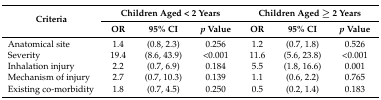
| <ROWSPAN=2> Criteria | <COLSPAN=3> Children Aged < 2 Years | <COLSPAN=3> Children Aged ≥ 2 Years |
 | OR | 95% CI | p Value | OR | 95% CI | p Value |
 | --- | --- | --- | --- | --- | --- | --- |
 | Anatomical site | 1.4 | (0.8, 2.3) | 0.256 | 1.2 | (0.7, 1.8) | 0.526 |
 | Severity | 19.4 | (8.6, 43.9) | <0.001 | 11.6 | (5.6, 23.8) | <0.001 |
 | Inhalation injury | 2.2 | (0.7, 6.9) | 0.184 | 5.5 | (1.8, 16.6) | 0.001 |
 | Mechanism of injury | 2.7 | (0.7, 10.3) | 0.139 | 1.1 | (0.6, 2.2) | 0.765 |
 | Existing co-morbidity | 1.8 | (0.7, 4.5) | 0.250 | 0.5 | (0.2, 1.4) | 0.183 |